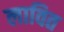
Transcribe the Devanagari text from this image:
लावित